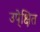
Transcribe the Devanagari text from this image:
उपे्क्षित